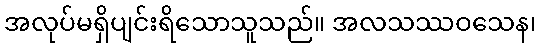
အလုပ်မရှိပျင်းရိသောသူသည်။ အလသဿဝသေန၊